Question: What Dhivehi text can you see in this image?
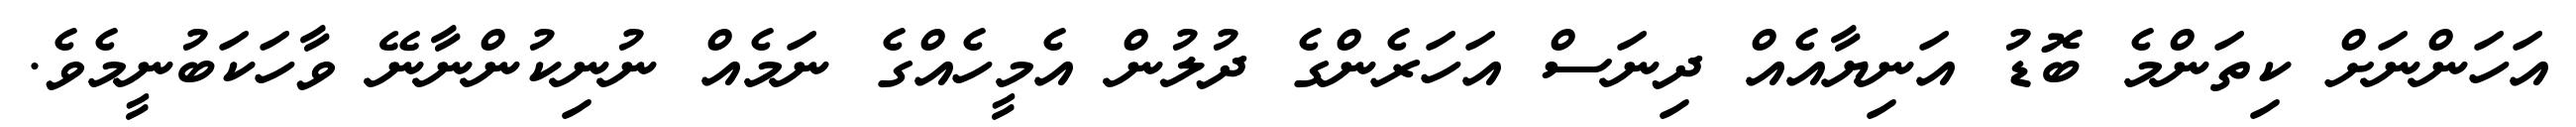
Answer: އަހަންނަށް ކިތަންމެ ބޮޑު އަނިޔާއެއް ދިނަސް އަހަރެންގެ ދުލުން އެމީހެއްގެ ނަމެއް ނުނިކުންނާނޭ ވާހަކަބުނީމެވެ.